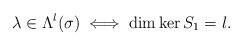
LaTeX: \begin{align*}\lambda \in \Lambda^{l}(\sigma) \iff \dim \ker S_1 = l.\end{align*}